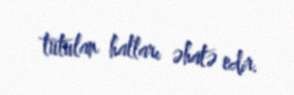
tutulan halları əhatə edir.